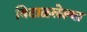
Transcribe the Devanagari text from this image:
विटाळलेल्या